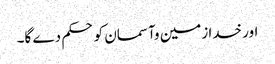
اور خدا زمین وآسمان کو حکم دے گا۔